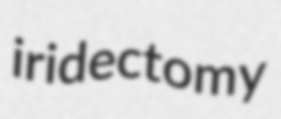
iridectomy